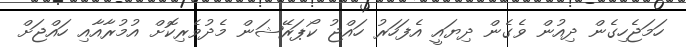
ހަމަޖެހިގެން ދިއުން ވެގެން ދިޔައީ އެފަހަރު ހައްޖު ކޯޕަރޭޝަން މެދުވެރިކޮށް އުމުރާއާއި ހައްޖަށް